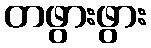
တဖွားဖွား